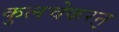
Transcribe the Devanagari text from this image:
कुलचेकरऩ्